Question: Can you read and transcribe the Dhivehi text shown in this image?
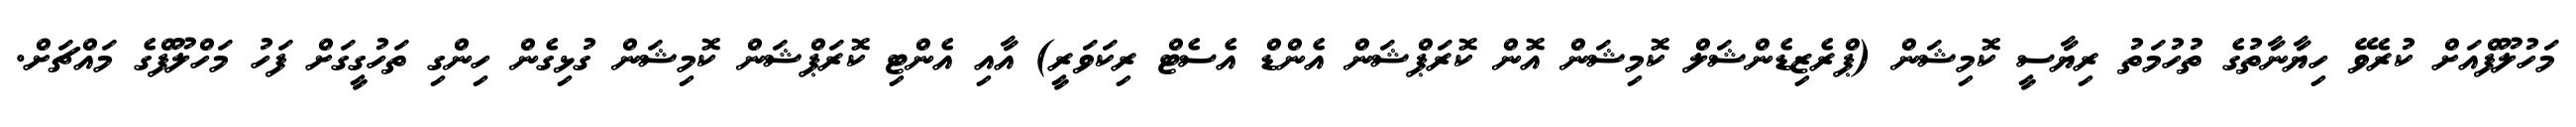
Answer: މަހުލޫފްއަށް ކުރެވޭ ހިޔާނާތުގެ ތުހުމަތު ރިޔާސީ ކޮމިޝަން (ޕްރެޒިޑެންޝަލް ކޮމިޝަން އޮން ކޮރަޕްޝަން އެންޑް އެސެޓް ރިކަވަރީ) އާއި އެންޓި ކޮރަޕްޝަން ކޮމިޝަން ގުޅިގެން ހިންގި ތަހުގީގަށް ފަހު މަހްލޫފްގެ މައްޗަށް.